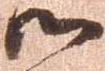
御